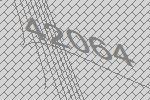
42064